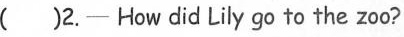
( 2.- How did Lily go to the zoo?